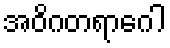
အဝိဂတရာဂေါ